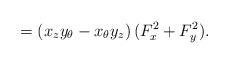
LaTeX: \begin{align*}=(x_z y_\theta - x_\theta y_z)\,(F_x^2 +F_y^2).\end{align*}